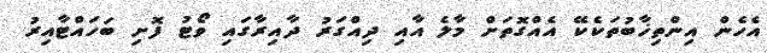
އެހެން އިންތިޚާބުތަކެކޭ އެއްގޮތަށް މާލެ އާއި ދިއްގަރު ދާއިރާގައި ވޯޓު ފޮށި ބަހައްޓާއިރު